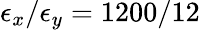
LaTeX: \epsilon_{x}/\epsilon_{y}=1200/12